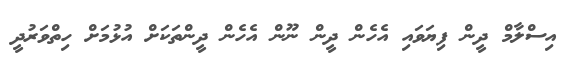
އިސްލާމް ދީން ފިޔަވައި އެހެން ދީން ނޫން އެހެން ދީންތަކަށް އުޅުމަށް ހިތްވަރުދީ